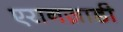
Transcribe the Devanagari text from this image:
एरानज़ाडी